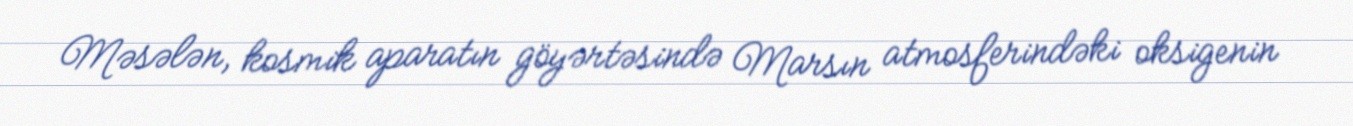
Məsələn, kosmik aparatın göyərtəsində Marsın atmosferindəki oksigenin